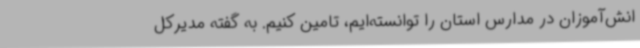
انش‌آموزان در مدارس استان را توانسته‌ایم، تامین کنیم. به گفته مدیرکل